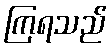
ကြရသည်